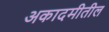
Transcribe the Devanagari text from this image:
अकादमीतील